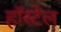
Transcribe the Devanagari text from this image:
हॉस्टेल